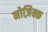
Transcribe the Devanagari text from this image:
नोज़िक्क